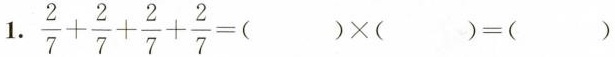
1. $$\frac { 2 } { 7 } + \frac { 2 } { 7 } + \frac { 2 } { 7 } + \frac { 2 } { 7 } = ( ) \times ( ) = ( )$$